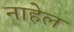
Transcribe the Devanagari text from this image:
नाहेल